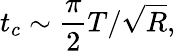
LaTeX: t_{c}\sim\frac{\pi}{2}T/\sqrt{R},